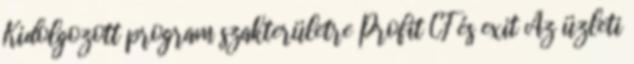
Kidolgozott program szakterületre Profit CF és exit Az üzleti